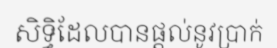
សិទ្ធិដែលបានផ្តល់នូវប្រាក់